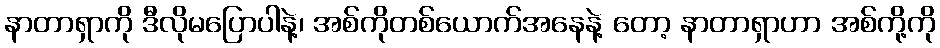
နာတာရှာကို ဒီလိုမပြောပါနဲ့၊ အစ်ကိုတစ်ယောက်အနေနဲ့ တော့ နာတာရှာဟာ အစ်ကို့ကို